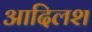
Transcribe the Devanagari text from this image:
आदिलश